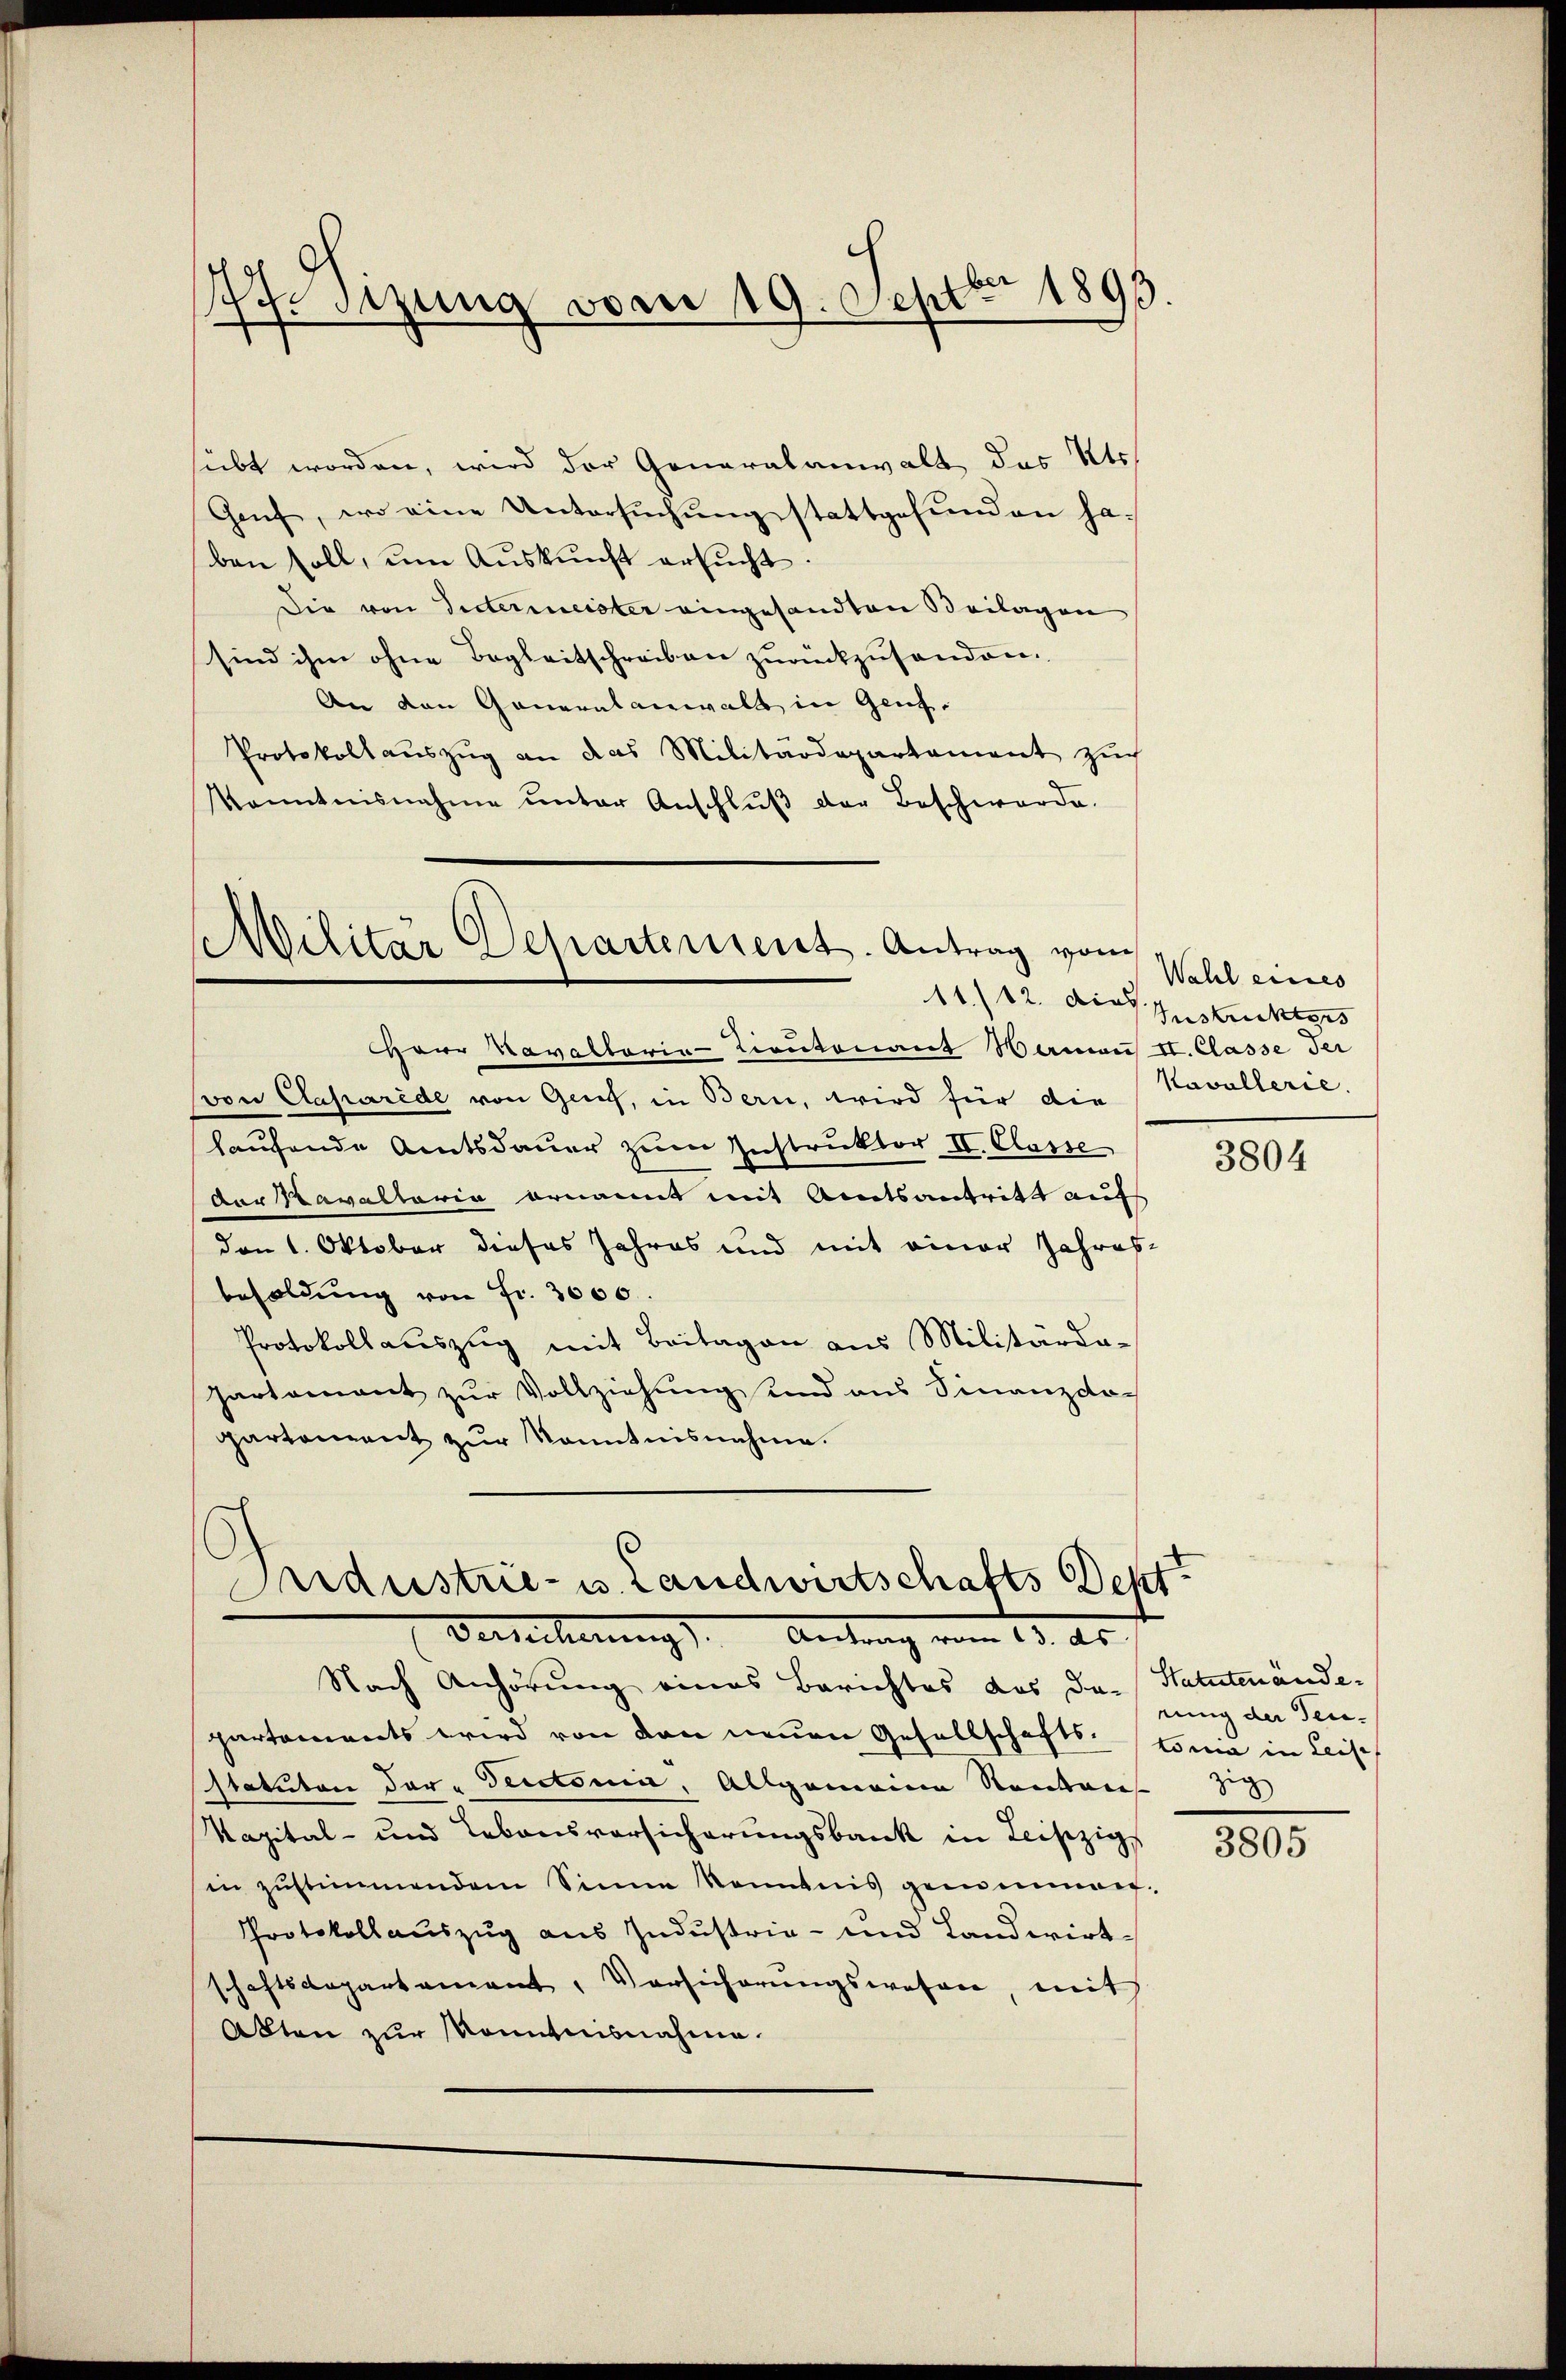
N.Sizung vom 19. Septbr 1893.

sübt worden, wird der Generalanwalt des Kts.
Genf, wo eine Untersuchung stattgefunden haben soll, um Auskunft ersucht.
Die von Seitermeister eingesandten Beilagen
sind ihm ohne Begleitschreiben zurückzusenden.
An den Generalanwalt in Genz¬
Protokollauszug an das Militärdepartement zuch
Kenntnisnahme ŭnter Anschlŭβ der Beschwerde.

Militär Departement. Antrag vom
11./12. dies.

HHerr Kavaltaria-Lieutenant Hamans II. Classe der
(von Caparede von Genf, in Bern, wird für die Kavallerie.
haufende Amtsdauer zum Instruktor II. Classe
der Kavaltaria ernannt mit Amtsantritt auf
den 1. Oktober dieses Jahres und mit einer Jahres-
besoldŭng von Fr. 3000.
Protokollauszug mit Beitagen aus Militärda-
partement zur Vollziehung und aus Finanzdopartement zŭr Kenntnisnahme.

Andustrie- u. Landwirtschafts Dekt
Berecherung). Antrag vom 13. ds.

Nach Anhörung eines Berichtes das das Statutenände-
partements wird von den neuen Gesellschafts-Konia in Leist
statuten der - Secetonen, Allgemeine Ranken. Zig
Vapital- und Lebensvorsicherungsbank in Leiszig,
in zŭstimmendem Sinne konntnis geminan
Protokollauszug aus Industria- und Landwirtschaftsdepartament, Vorsicherŭngswesen, mit
Akten zur Monntnisnahme.

Wahl eines
Austrickters

3804

rung der Ten-

3805